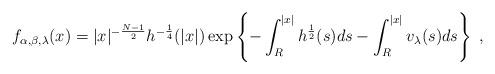
LaTeX: \begin{align*}f_{\alpha,\beta,\lambda}(x)=|x|^{-\frac{N-1}{2}}h^{-\frac{1}{4}}(|x|)\exp \left\{-\int_R^{|x|}h^{\frac{1}{2}}(s)ds -\int_R^{|x|}v_\lambda(s)ds \right\}\;,\end{align*}